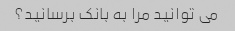
می توانید مرا به بانک برسانید؟